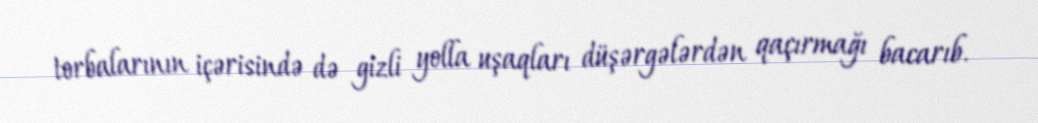
torbalarının içərisində də gizli yolla uşaqları düşərgələrdən qaçırmağı bacarıb.